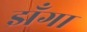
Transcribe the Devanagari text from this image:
झँगा